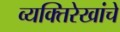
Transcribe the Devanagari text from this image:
व्यक्तिरेखांचे